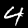
Digit: 4